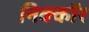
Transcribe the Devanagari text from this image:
निक्कॉर